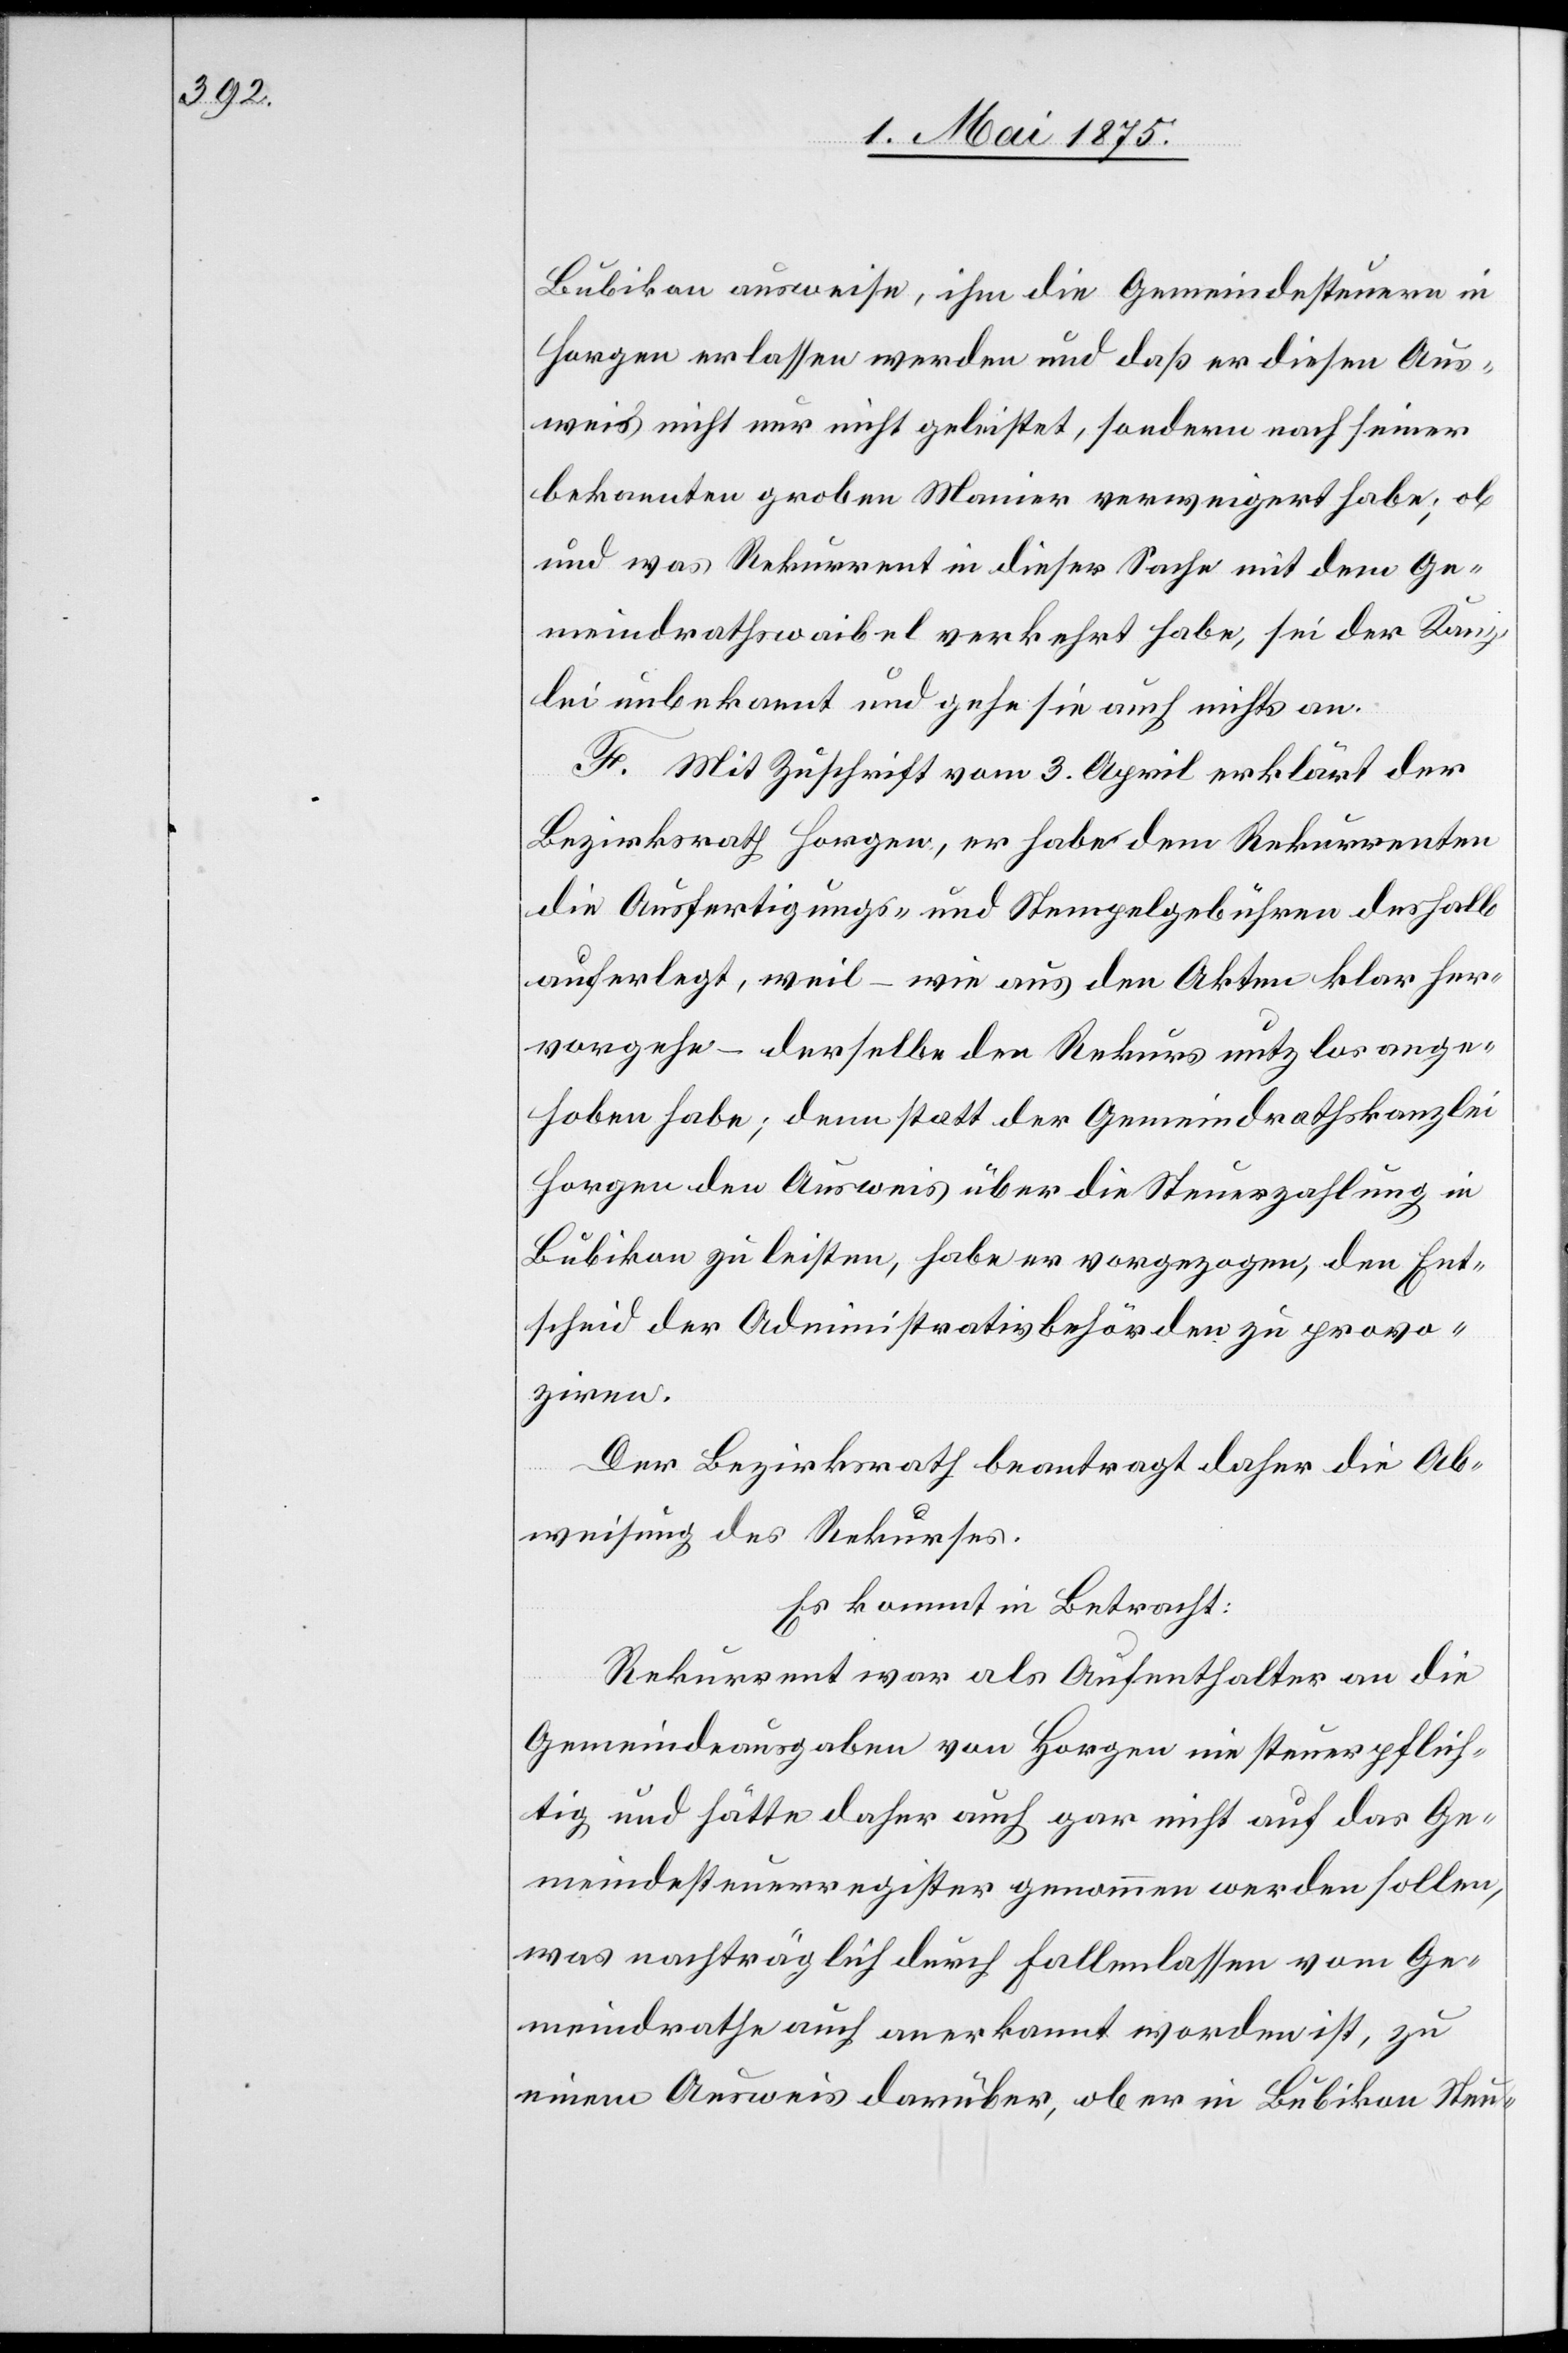
Bubikon ausweise, ihm die Gemeindesteuern in
Horgen erlassen werden und daß er diesen Aus¬
weis nicht nur nicht geleistet, sondern nach seiner
bekannten groben Manier verweigert habe; ob
und was Rekurrent in dieser Sache mit dem Ge¬
meindrathswaibel verkehrt habe, sei der Kanz¬
lei unbekannt und gehe sie auch nichts an.
F. Mit Zuschrift vom 3. April erklärt der
Bezirksrath Horgen, er habe dem Rekurrenten
die Ausfertigungs- und Stempelgebühren deshalb
auferlegt, weil – wie aus den Akten klar her¬
vorgehe – derselbe den Rekurs nutzlos ange¬
hoben habe; denn statt der Gemeindrathskanzlei
Horgen den Ausweis über die Steuerzahlung in
Bubikon zu leisten, habe er vorgezogen, den Ent¬
scheid der Administrativbehörden zu provo¬
ziren.
Der Bezirksrath beantragt daher die Ab¬
weisung des Rekurses.
Es kommt in Betracht:
Rekurrent war als Aufenthalter an die
Gemeindsausgaben von Horgen nie steuerpflich¬
tig und hätte daher auch gar nicht auf das Ge¬
meindesteuerregister genommen werden sollen,
was nachträglich durch fallen lassen vom Ge¬
meindrath auch anerkannt worden ist, zu
einem Ausweis darüber, ob er in Bubikon Steu-